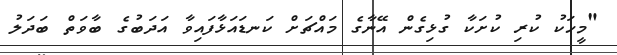
"މީހަކު ކުރި ކުށަކާ ގުޅިގެން އޭނާގެ މައްޗަށް ކަނޑައަޅާފައިވާ އަދަބުގެ ބާވަތް ބަދަލު